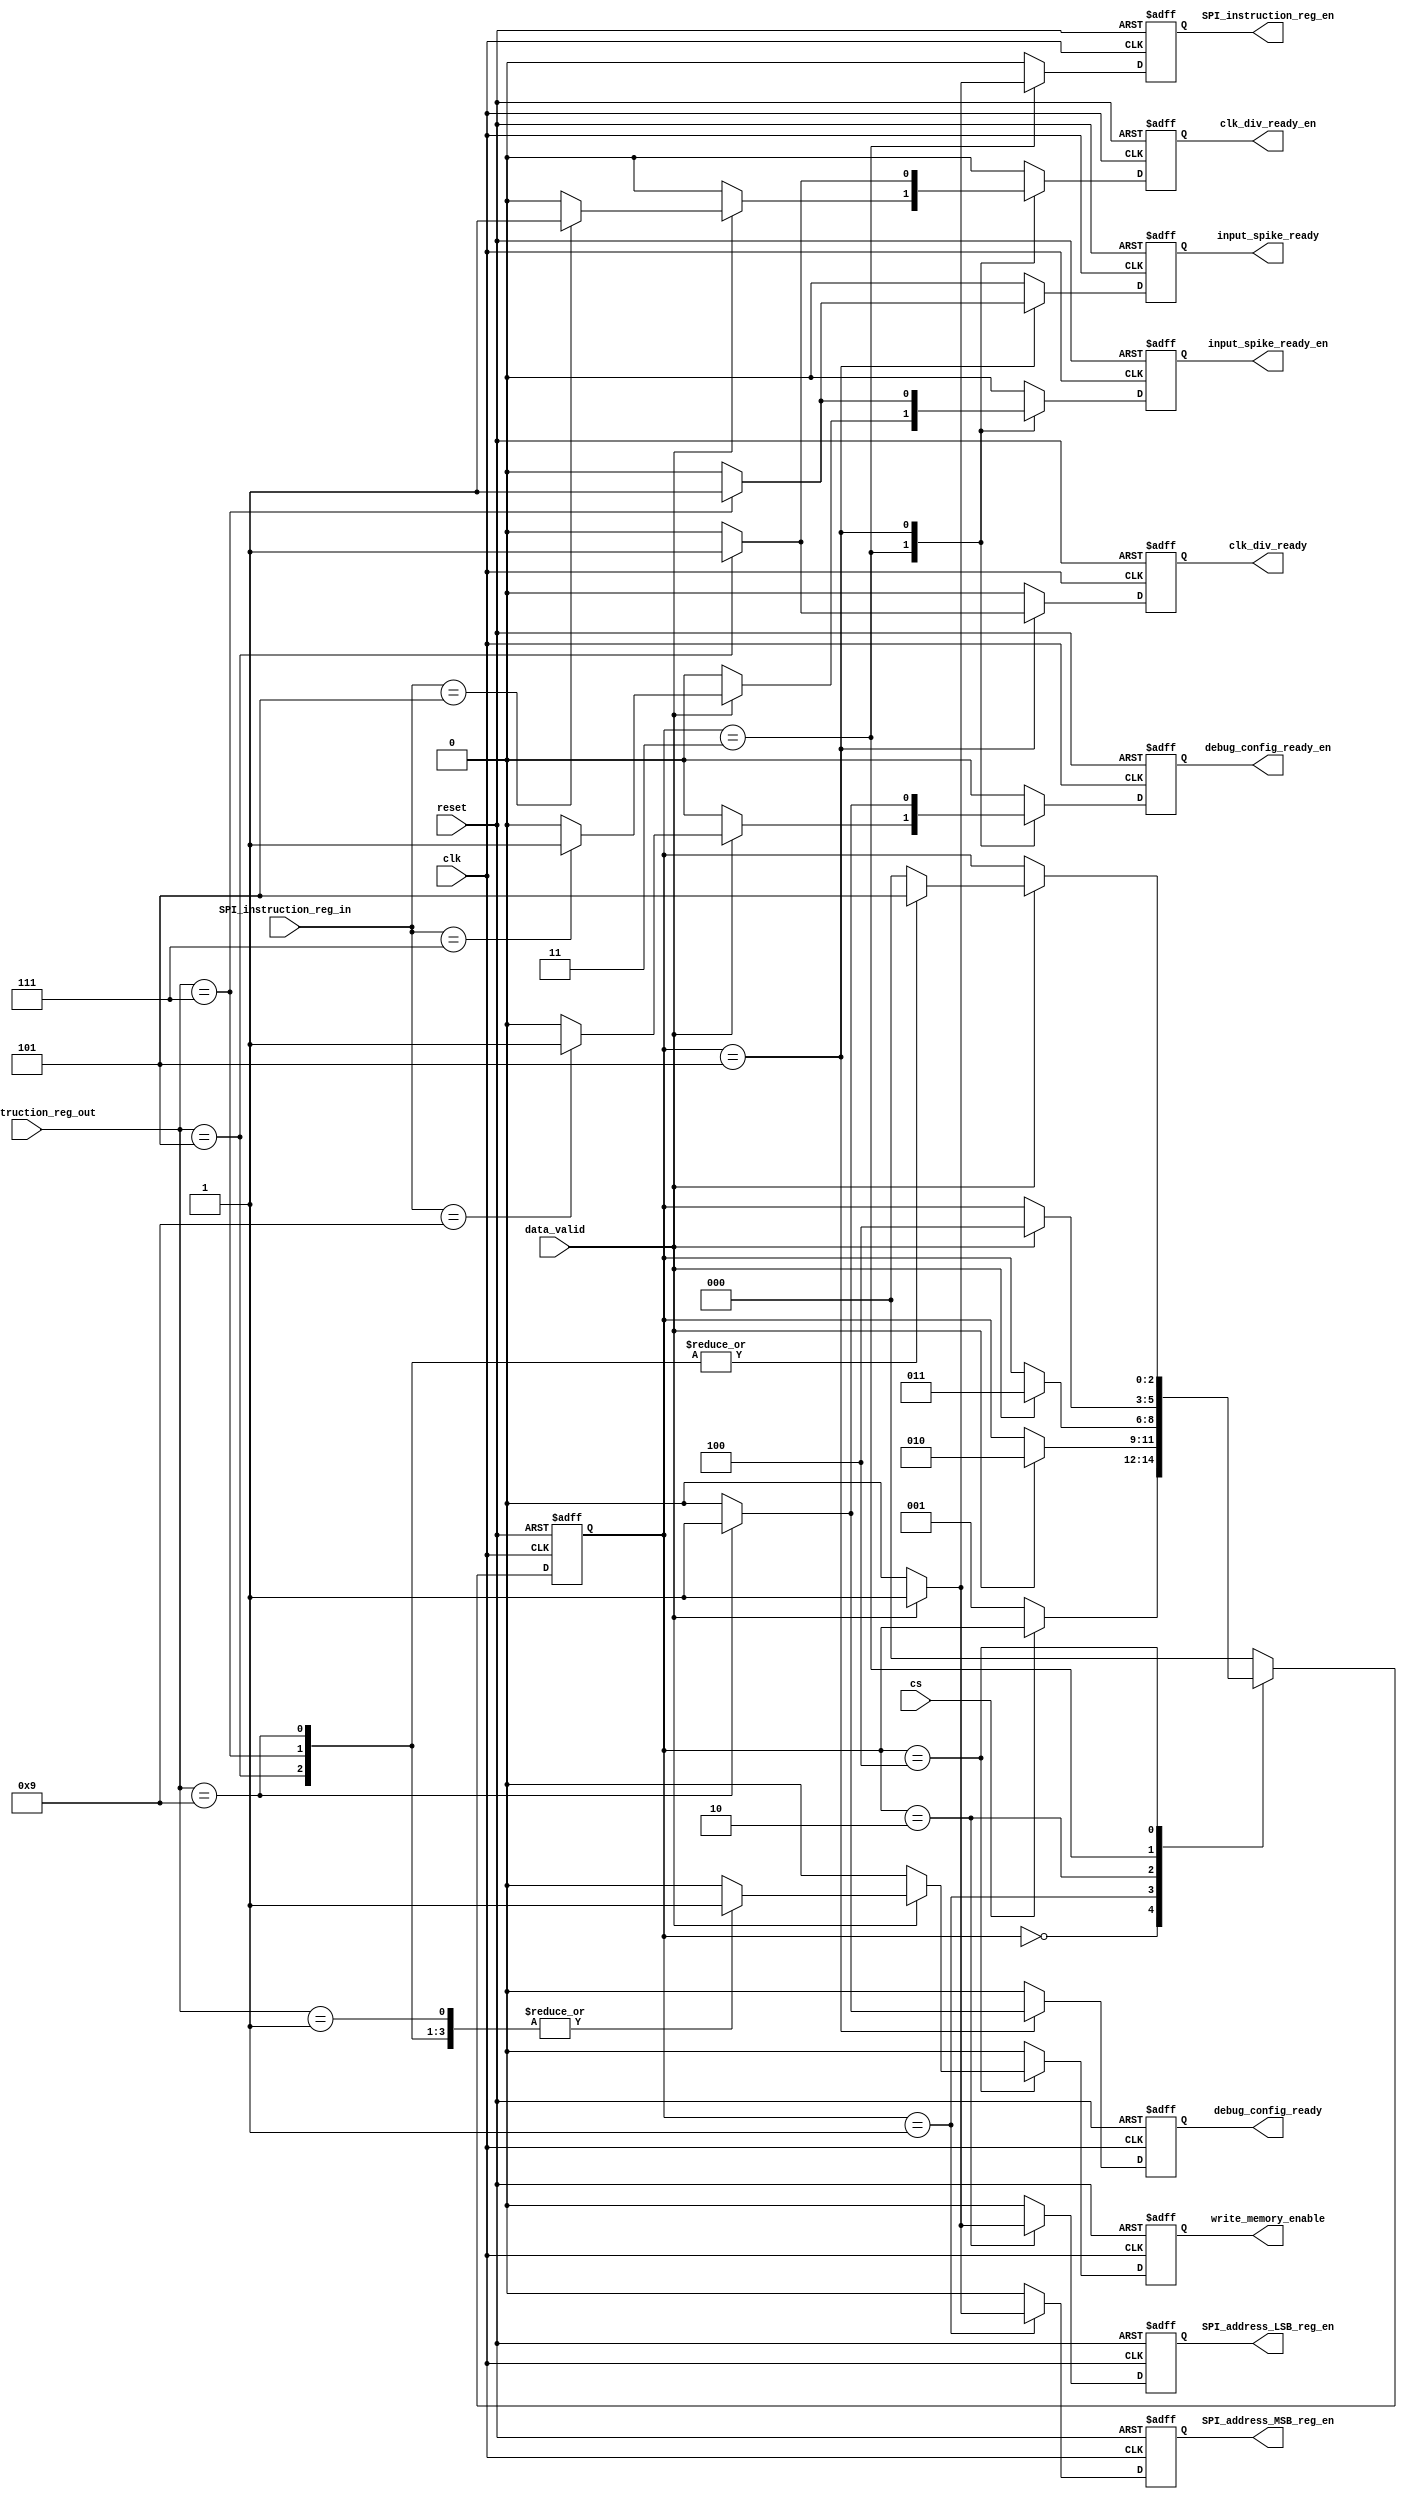
module spi_control_unit (
    input wire clk,
    input wire reset,
    input wire cs,                       // Chip Select signal
    input wire data_valid,               // Data valid signal
    input wire [7:0] SPI_instruction_reg_in,   // Instruction register input
    input wire [7:0] SPI_instruction_reg_out,  // Instruction register output
    output reg SPI_address_MSB_reg_en,   // Enable signal for Address MSB register
    output reg SPI_address_LSB_reg_en,   // Enable signal for Address LSB register
    output reg SPI_instruction_reg_en,   // Enable signal for Instruction register
    output reg clk_div_ready,
    output reg clk_div_ready_en,
    output reg input_spike_ready,
    output reg input_spike_ready_en,
    output reg debug_config_ready,
    output reg debug_config_ready_en,
    output reg write_memory_enable
);

    // State encoding
    parameter IDLE = 3'b000,
              WAIT_DATA_VALID_MSB = 3'b001,
              WAIT_DATA_VALID_LSB = 3'b010,
              WAIT_DATA_VALID_INSTR = 3'b011,
              WAIT_DATA_VALID_FINAL = 3'b100,
              SYSCLK_DOMAIN_EN = 3'b101;

    reg [2:0] current_state, next_state;

    // State transition on clock edge
    always @(posedge clk or posedge reset) begin
        if (reset)
            current_state <= IDLE;
        else
            current_state <= next_state;
    end

    // Next state logic
    always @(*) begin
        next_state = current_state;
        case (current_state)
            IDLE: begin
                if (!cs)
                    next_state = WAIT_DATA_VALID_MSB;
            end
            WAIT_DATA_VALID_MSB: begin
                if (data_valid)
                    next_state = WAIT_DATA_VALID_LSB;
            end
            WAIT_DATA_VALID_LSB: begin
                if (data_valid)
                    next_state = WAIT_DATA_VALID_INSTR;
            end
            WAIT_DATA_VALID_INSTR: begin
                if (data_valid) begin
                    next_state = WAIT_DATA_VALID_FINAL;
                end
            end
            WAIT_DATA_VALID_FINAL: begin
                if (data_valid) begin
                    case (SPI_instruction_reg_out)
                        8'h05, 8'h07, 8'h09: next_state = SYSCLK_DOMAIN_EN;
                        default: next_state = IDLE;
                    endcase
                end
            end
            SYSCLK_DOMAIN_EN: begin
                next_state = IDLE;
            end
            default: next_state = IDLE;
        endcase
    end

    // Output logic on clock edge
    always @(posedge clk or posedge reset) begin
        if (reset) begin
            SPI_address_MSB_reg_en <= 0;
            SPI_address_LSB_reg_en <= 0;
            SPI_instruction_reg_en <= 0;
            clk_div_ready <= 0;
            clk_div_ready_en <= 0;
            input_spike_ready <= 0;
            input_spike_ready_en <= 0;
            debug_config_ready <= 0;
            debug_config_ready_en <= 0;
            write_memory_enable <= 0;
        end else begin
            SPI_address_MSB_reg_en <= 0;
            SPI_address_LSB_reg_en <= 0;
            SPI_instruction_reg_en <= 0;
            clk_div_ready <= 0;
            clk_div_ready_en <= 0;
            input_spike_ready <= 0;
            input_spike_ready_en <= 0;
            debug_config_ready <= 0;
            debug_config_ready_en <= 0;
            write_memory_enable <= 0;
            
            case (current_state)
                WAIT_DATA_VALID_MSB: begin
                    if (data_valid)
                        SPI_address_MSB_reg_en <= 1;
                end
                WAIT_DATA_VALID_LSB: begin
                    if (data_valid)
                        SPI_address_LSB_reg_en <= 1;
                end
                WAIT_DATA_VALID_INSTR: begin
                    if (data_valid) begin
                        SPI_instruction_reg_en <= 1;
                        case (SPI_instruction_reg_in)
                            8'h05: clk_div_ready_en <= 1;
                            8'h07: input_spike_ready_en <= 1;
                            8'h09: debug_config_ready_en <= 1;
                        default: ;
                        endcase
                    end
                end
                WAIT_DATA_VALID_FINAL: begin
                    if (data_valid) begin
                        case (SPI_instruction_reg_out)
                            8'h01, 8'h05, 8'h07, 8'h09: write_memory_enable <= 1;
                        default: ;
                        endcase
                    end
                end
                SYSCLK_DOMAIN_EN: begin
                    case (SPI_instruction_reg_out)
                        8'h05: begin
                            clk_div_ready <= 1;
                            clk_div_ready_en <= 1;
                        end
                        8'h07: begin
                            input_spike_ready <= 1;
                            input_spike_ready_en <= 1;
                        end
                        8'h09: begin
                            debug_config_ready <= 1;
                            debug_config_ready_en <= 1;
                        end
                        default: ;
                    endcase
                end
                default: ;
            endcase
        end
    end
endmodule